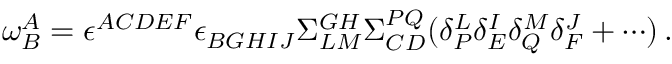
\omega _ { B } ^ { A } = \epsilon ^ { A C D E F } \epsilon _ { B G H I J } \Sigma _ { L M } ^ { G H } \Sigma _ { C D } ^ { P Q } ( \delta _ { P } ^ { L } \delta _ { E } ^ { I } \delta _ { Q } ^ { M } \delta _ { F } ^ { J } + \cdots ) \, .